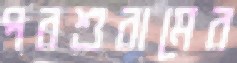
পরশুরামের